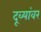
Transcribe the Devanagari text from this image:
दूव्यांवर